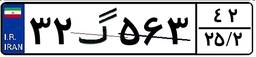
۳۲گ۵۶۳۴۲